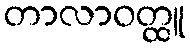
တာလာဝတ္ထူ